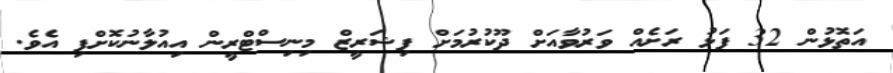
އަތޮޅުން 32 ފަޅު ރަށެއް ވަރުވާއަށް ދޫކުރުމަށް ފިޝަރީޒް މިނިސްޓްރީން އިއުލާނުކޮށްފި އެވެ.